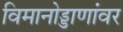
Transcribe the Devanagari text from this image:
विमानोड्डाणांवर